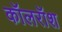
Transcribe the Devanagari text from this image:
कॉलरॉश